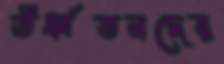
ঊর্ধ্বতনদের